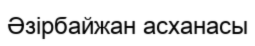
Әзірбайжан асханасы